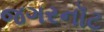
જગરનૉટ